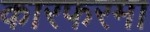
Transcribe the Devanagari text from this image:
कारफरमा